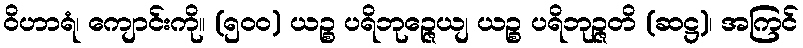
ဝိဟာရံ၊ ကျောင်းကို။ (၅၀၀) ယဉ္စ ပရိဘုဉ္ဇေယျ ယဉ္စ ပရိဘုဉ္ဇတိ (ဆဋ္ဌ)၊ အကြင်